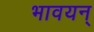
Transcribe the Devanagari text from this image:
भावयन्